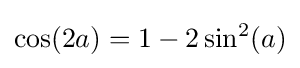
\cos(2a)=1-2\sin ^{2}(a)